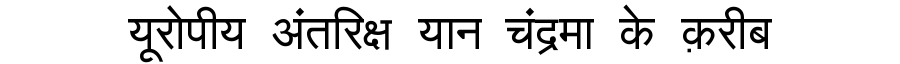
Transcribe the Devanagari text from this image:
यूरोपीय अंतरिक्ष यान चंद्रमा के क़रीब